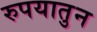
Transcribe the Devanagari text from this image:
रुपयातुन